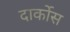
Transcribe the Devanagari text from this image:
दार्कोस